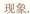
现象。